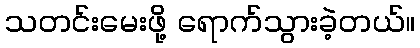
သတင်းမေးဖို့ ရောက်သွားခဲ့တယ်။